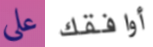
على أوافقك